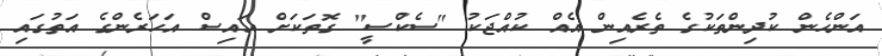
އަންހެން ކުދިންތަކުގެ ތެރެއިން އެއް ކުއްޖަކު "ސެކްސީ" ގޮތަކަށް އައިސް އަހަރެންގެ އަތުގައި